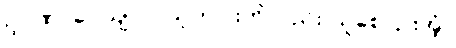
ဥဂ္ဂဏှာပေယျ ဝါ၊ သူတပါးကိုလည်း ယူစေငြားအံ့။